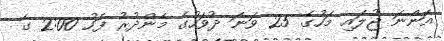
އަންނަ ޖުލައި މަހުގެ 25 ވަނަ ދުވަހުގެ މެންދުރު ފަހު 2:00 ގެ